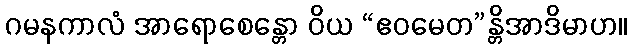
ဂမနကာလံ အာရောစေန္တော ဝိယ “ဧဝမေတ”န္တိအာဒိမာဟ။